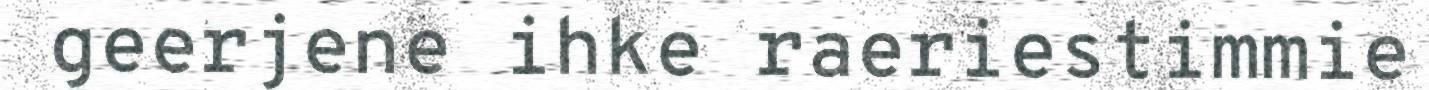
geerjene ihke raeriestimmie